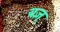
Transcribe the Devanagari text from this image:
यज़्